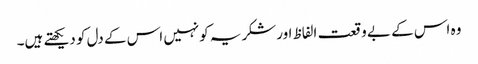
وہ اس کے بے وقعت الفاظ اورشکریہ کونہیں اس کے دل کو دیکھتے ہیں۔